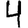
Digit: 4